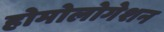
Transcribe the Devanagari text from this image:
होमोलोगेशन